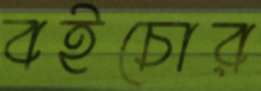
বইচোর